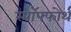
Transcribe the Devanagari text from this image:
स्पॉफ्फोर्थ